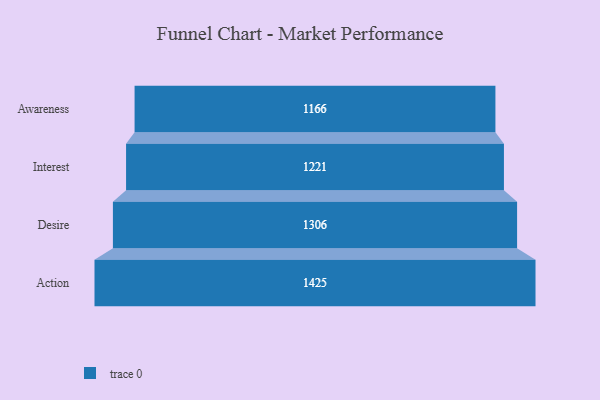
{"axis": {"x": "Stage", "y": "Value"}, "legend": [""], "data": [{"x": "Awareness", "y": 1166.0, "type": ""}, {"x": "Interest", "y": 1221.0, "type": ""}, {"x": "Desire", "y": 1306.0, "type": ""}, {"x": "Action", "y": 1425.0, "type": ""}]}